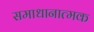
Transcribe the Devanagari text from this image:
समाधानात्मक